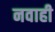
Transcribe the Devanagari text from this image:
नवाही